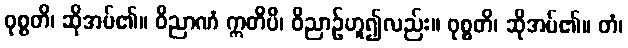
ဝုစ္စတိ၊ ဆိုအပ်၏။ ဝိညာဏံ ဣတိပိ၊ ဝိညာဉ်ဟူ၍လည်း။ ဝုစ္စတိ၊ ဆိုအပ်၏။ တံ၊